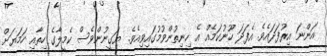
އަންނަ އިރުފަދައެވެ. އެފަދަ ހޫނުކަމެއް އެ ހިނިތުންވުމުގައިވިއެވެ. ޔަގީނުންވެސް ކެމީލާގެ ހިތާއި ހަމަޔަށް